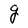
Character: g